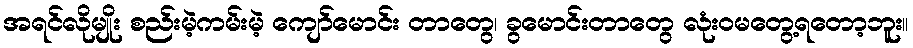
အရင်လိုမျိုး စည်းမဲ့ကမ်းမဲ့ ကျော်မောင်း တာတွေ၊ ခွမောင်းတာတွေ လုံးဝမတွေ့ရတော့ဘူး။